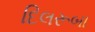
દિલરૂબા